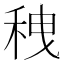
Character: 䄿